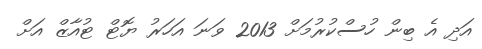
އަދި އެ ބިން ހުސްކުރުމަށް 2013 ވަނަ އަހަރު ޔޮޓް ޓުއާޒް އަށް